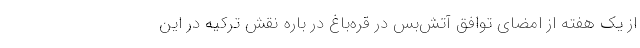
از یک هفته از امضای توافق آتش‌بس در قره‌باغ در باره نقش ترکیه در این